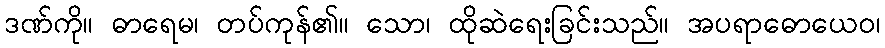
ဒဏ်ကို။ ဓာရေမ၊ တပ်ကုန်၏။ သော၊ ထိုဆဲရေးခြင်းသည်။ အပရာဓောယေဝ၊